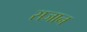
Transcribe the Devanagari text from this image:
सजान